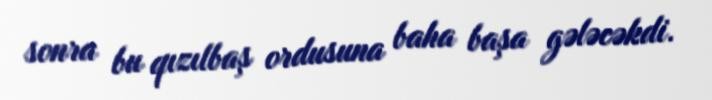
sonra bu qızılbaş ordusuna baha başa gələcəkdi.